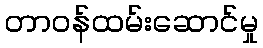
တာဝန်ထမ်းဆောင်မှု